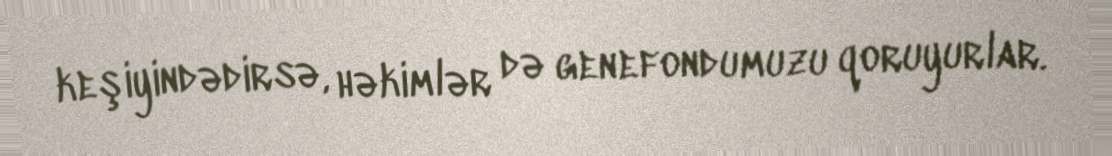
keşiyindədirsə, həkimlər də genefondumuzu qoruyurlar.